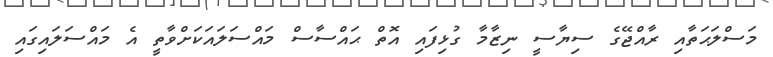
މަސްލަޙަތާއި ރާއްޖޭގެ ސިޔާސީ ނިޒާމާ ގުޅިފައި އޮތް ޙައްސާސް މައްސަލައަކަށްވާތީ އެ މައްސަލައިގައި